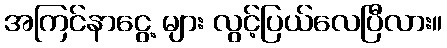
အကြင်နာငွေ့ များ လွင့်ပြယ်လေပြီလား။